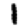
Digit: 1